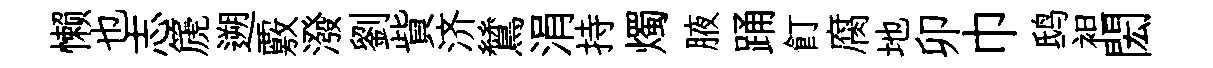
懒也志篪遡覈潑劉貲济鷥涓持燭腋踊飣腐地卯巾鸱袒閎